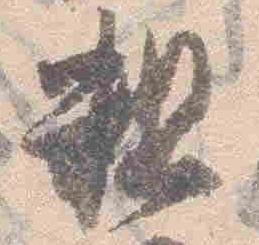
粗